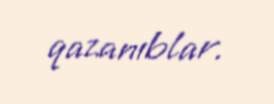
qazanıblar.